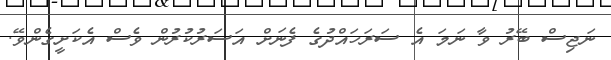
ނަޖިސް ބޭރު ވާ ނަމަ އެ ސަރަހައްދުގެ ފެނަށް އަސަރުކުރުން ވެސް އެކަށީގެންވޭ.